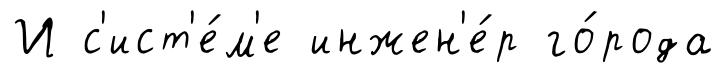
И с'ист'е́м'е инжен'е́р го́рода